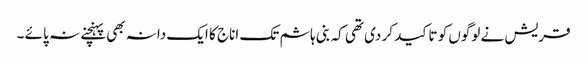
قریش نے لوگوں کو تاکید کر دی تھی کہ بنی ہاشم تک اناج کا ایک دانہ بھی پہنچنے نہ پائے ۔